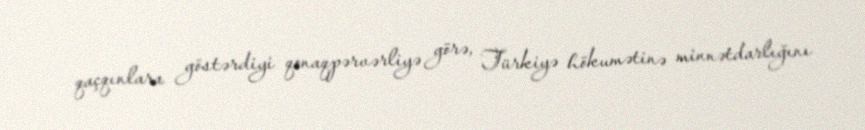
qaçqınlara göstərdiyi qonaqpərvərliyə görə, Türkiyə hökumətinə minnətdarlığını